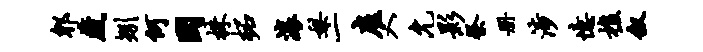
郫藏矧何国株柘滚梨一雇入允影祭册涉忆樵叙